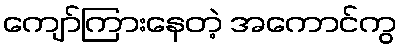
ကျော်ကြားနေတဲ့ အကောင်ကွ